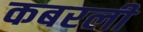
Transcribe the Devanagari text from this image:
कबरली